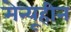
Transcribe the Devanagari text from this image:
मेन्यूहीन